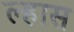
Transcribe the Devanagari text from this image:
ल्हास